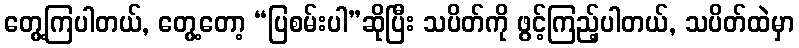
တွေ့ကြပါတယ်, တွေ့တော့ “ပြစမ်းပါ”ဆိုပြီး သပိတ်ကို ဖွင့်ကြည့်ပါတယ်, သပိတ်ထဲမှာ